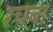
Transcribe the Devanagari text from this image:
रचबा